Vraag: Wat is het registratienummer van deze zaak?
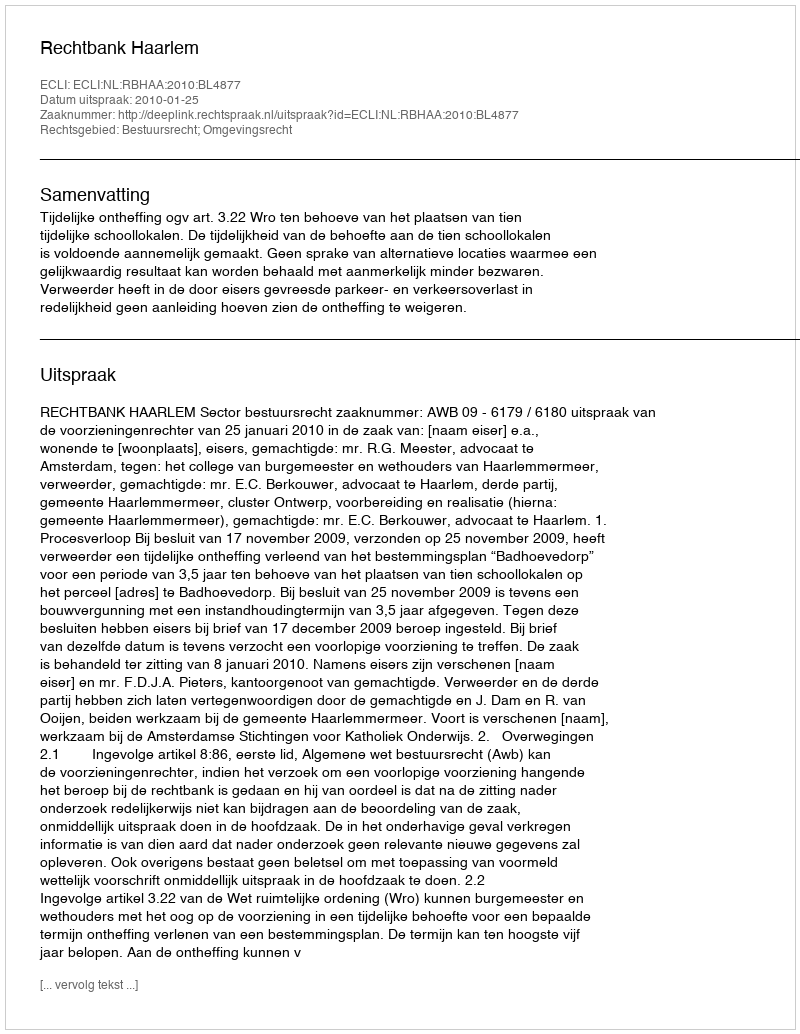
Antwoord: http://deeplink.rechtspraak.nl/uitspraak?id=ECLI:NL:RBHAA:2010:BL4877